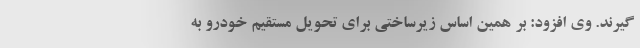
گیرند. وی افزود: بر همین اساس زیرساختی برای تحویل مستقیم خودرو به